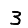
Digit: 3